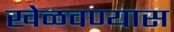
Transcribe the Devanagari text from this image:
खेळवण्यास